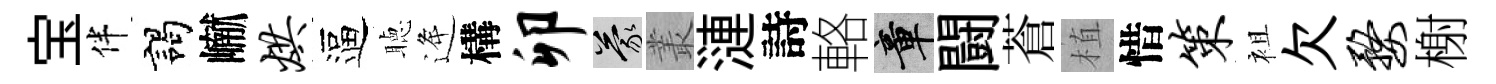
宝伴謁𪩘烘逼聴逄構卯蒙叢漣詩輅章闘蒼植惜策袓欠婺榭